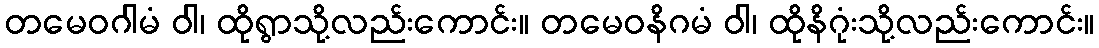
တမေဝဂါမံ ဝါ၊ ထိုရွာသို့လည်းကောင်း။ တမေဝနိဂမံ ဝါ၊ ထိုနိဂုံးသို့လည်းကောင်း။